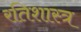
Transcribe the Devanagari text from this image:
रतिशास्त्र